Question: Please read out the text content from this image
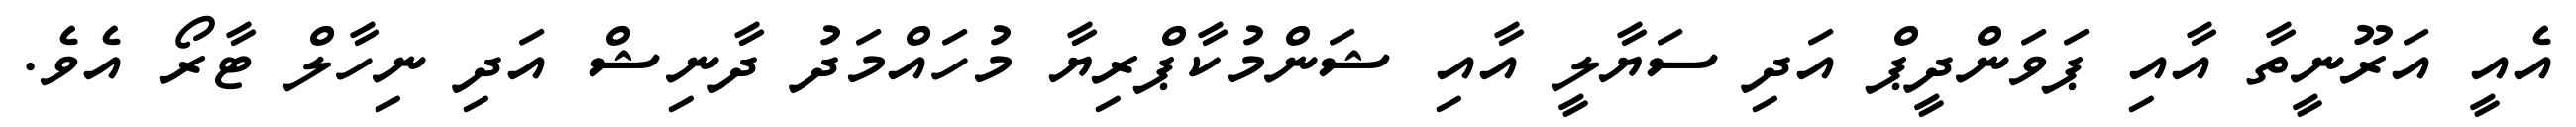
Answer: އެއީ އަރޫނީތާ އާއި ޕަވަންދީޕް އަދި ސަޔާލީ އާއި ޝަންމުކާޕްރިޔާ މުހައްމަދު ދާނިޝް އަދި ނިހާލް ޓާރޯ އެވެ.